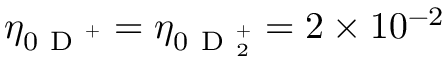
\eta _ { 0 \mathrm { ~ D ~ } ^ { + } } = \eta _ { 0 \mathrm { ~ D ~ } _ { 2 } ^ { + } } = 2 \times 1 0 ^ { - 2 }